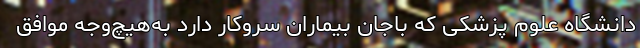
دانشگاه علوم پزشکی که باجان بیماران سروکار دارد به‌هیچ‌وجه موافق